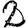
Digit: 2